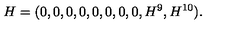
H = ( 0 , 0 , 0 , 0 , 0 , 0 , 0 , 0 , H ^ { 9 } , H ^ { 1 0 } ) .